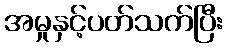
အမှုနှင့်ပတ်သက်ပြီး